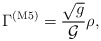
\begin{align*}\Gamma^{({\rm M5})} = \frac{\sqrt g}{{\cal G}} \rho,\end{align*}